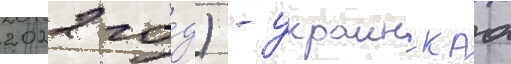
2022 го́д) - украинскаа